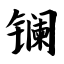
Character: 镧